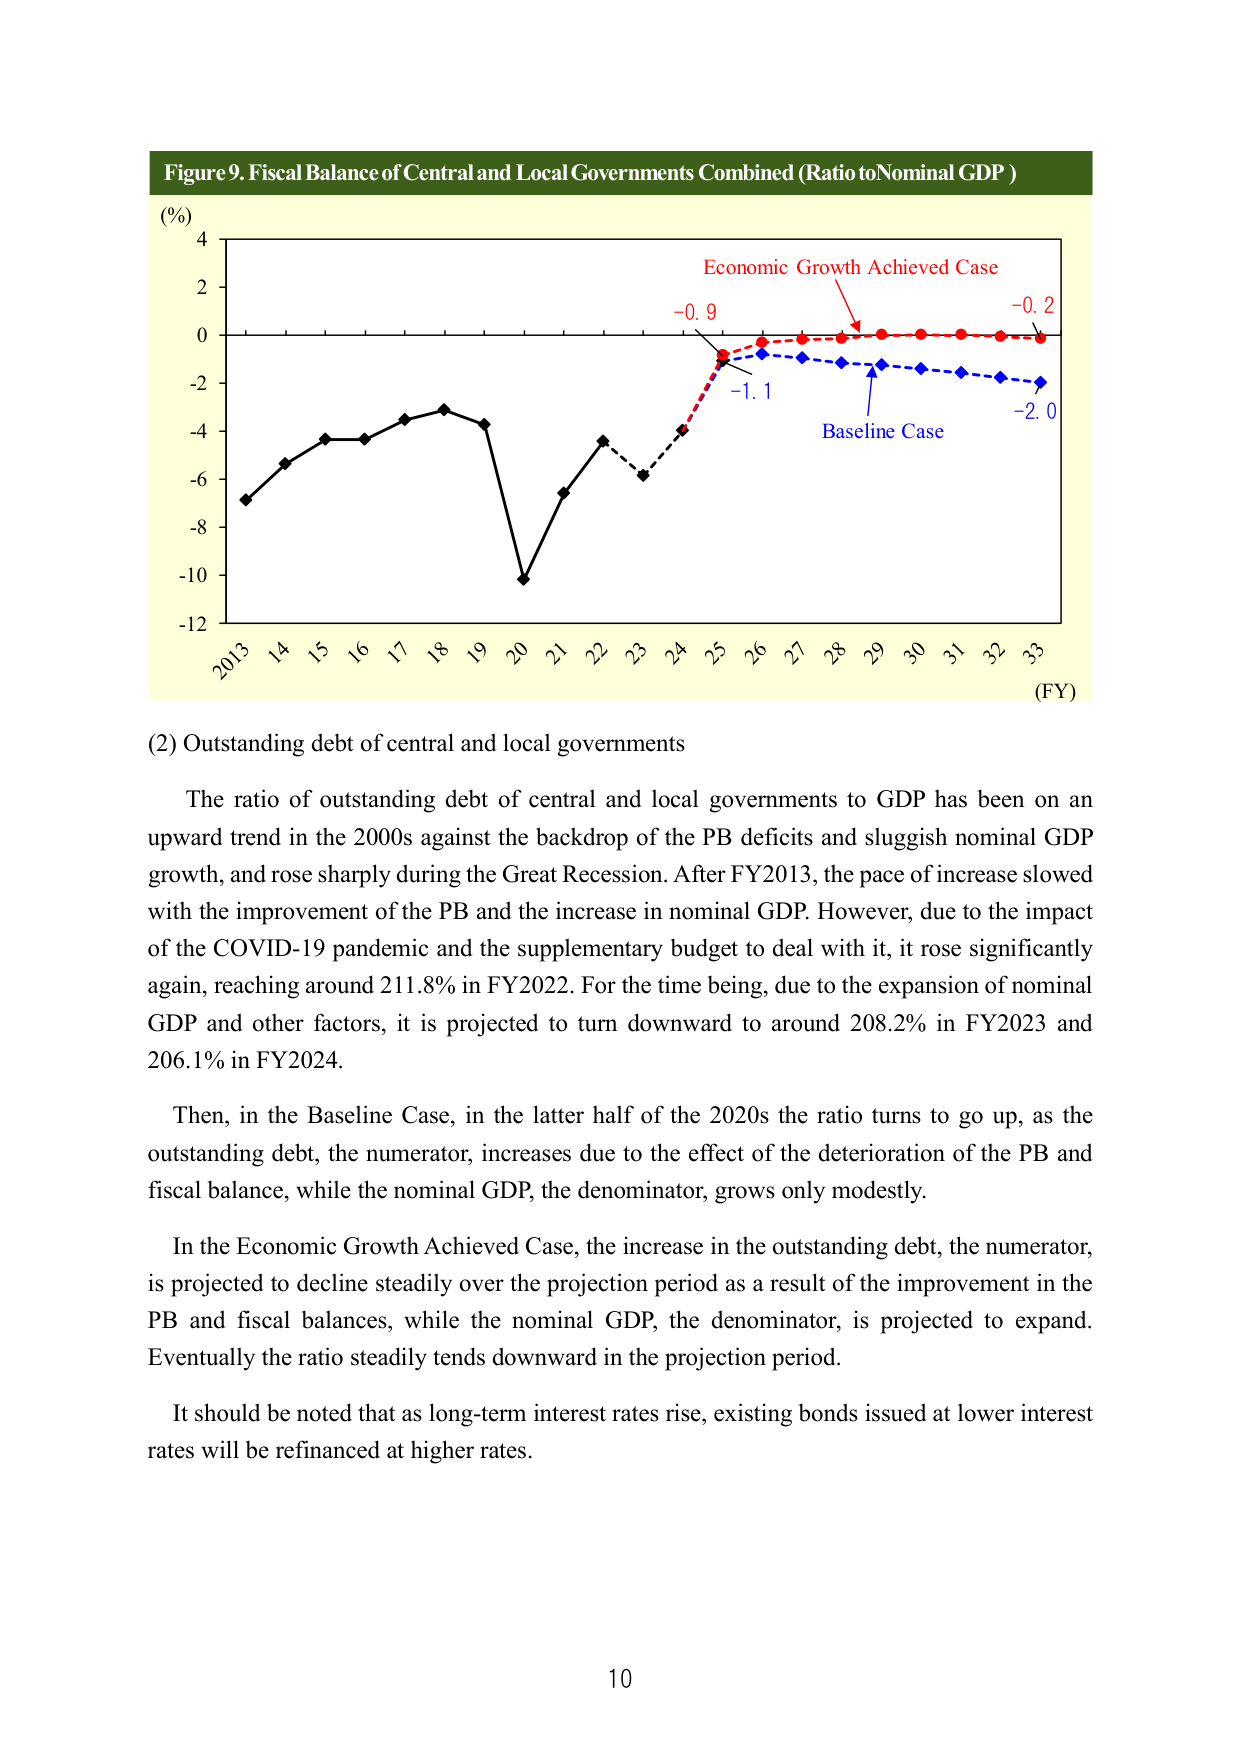
Figure 9. Fiscal Balance of Central and Local Governments Combined (Ratio to Nominal GDP)

(%)
4
2
0
-2
-4
-6
-8
-10
-12

2013 14 15 16 17 18 19 20 21 22 23 24 25 26 27 28 29 30 31 32 33
(FY)

Economic Growth Achieved Case
-0.9
-0.2

Baseline Case
-1.1
-2.0

(2) Outstanding debt of central and local governments

The ratio of outstanding debt of central and local governments to GDP has been on an upward trend in the 2000s against the backdrop of the PB deficits and sluggish nominal GDP growth, and rose sharply during the Great Recession. After FY2013, the pace of increase slowed with the improvement of the PB and the increase in nominal GDP. However, due to the impact of the COVID-19 pandemic and the supplementary budget to deal with it, it rose significantly again, reaching around 211.8% in FY2022. For the time being, due to the expansion of nominal GDP and other factors, it is projected to turn downward to around 208.2% in FY2023 and 206.1% in FY2024.

Then, in the Baseline Case, in the latter half of the 2020s the ratio turns to go up, as the outstanding debt, the numerator, increases due to the effect of the deterioration of the PB and fiscal balance, while the nominal GDP, the denominator, grows only modestly.

In the Economic Growth Achieved Case, the increase in the outstanding debt, the numerator, is projected to decline steadily over the projection period as a result of the improvement in the PB and fiscal balances, while the nominal GDP, the denominator, is projected to expand. Eventually the ratio steadily tends downward in the projection period.

It should be noted that as long-term interest rates rise, existing bonds issued at lower interest rates will be refinanced at higher rates.

10